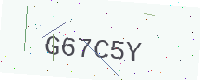
Text: G67C5Y